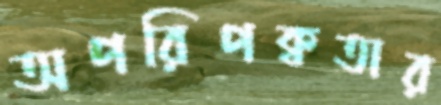
অপরিপক্বতার